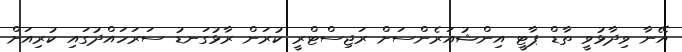
އޭނާ ވިދާޅުވީ ތާޑް ޕާޓީ އިންޝުއަރެންސަށް ރަޖިސްޓްރީ ކުރަން ރާޅުގަނޑު ސަރަހައްދުގައި ކުރިއަށް